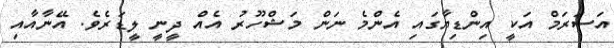
އަސަރަމް އަކީ އިންޑިޔާގައި އެންމެ ނަން މަޝްހޫރު އެއް ދީނީ ލީޑަރެވެ. އޭނާއާއި